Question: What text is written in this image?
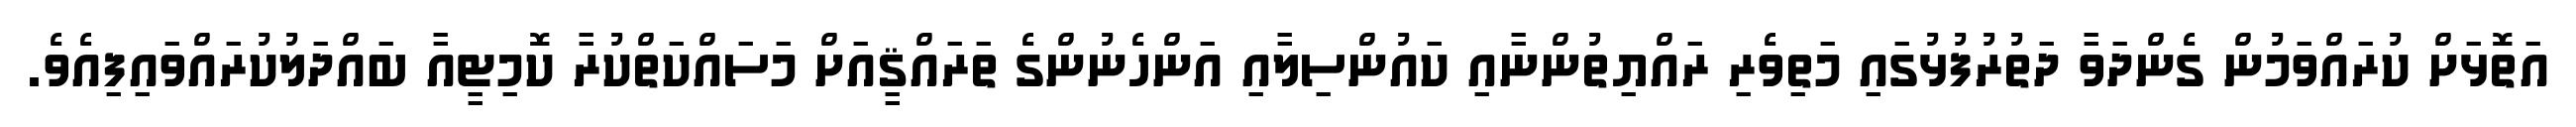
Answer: އަތޮޅަށް ކުރައްވަމުން ގެންދަވާ ދަތުރުފުޅުގައި މަތިވެރި ރައްޔިތުންނާއި ކައުންސިލާއި އަންހެނުންގެ ތަރައްޤީއަށް މަސައްކަތްކުރާ ކޮމިޓީއާ ބައްދަލުކުރައްވައިފިއެވެ.